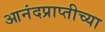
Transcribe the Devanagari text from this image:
आनंदप्राप्तीच्या